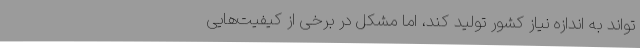
‌تواند به اندازه نیاز کشور تولید کند، اما مشکل در برخی از کیفیت‌هایی